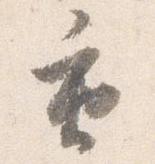
重